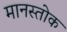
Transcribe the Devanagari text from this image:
मानस्तोक